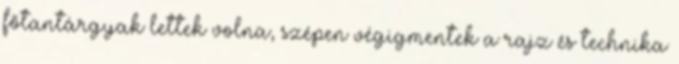
főtantárgyak lettek volna, szépen végigmentek a rajz és technika